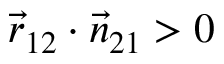
\vec { r } _ { 1 2 } \cdot \vec { n } _ { 2 1 } > 0